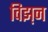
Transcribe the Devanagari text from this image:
विझ़न